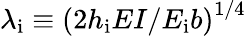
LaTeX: \lambda_{\mathrm{i}}\equiv\left({2h_{\mathrm{i}}EI}/{E_{\mathrm{i}}b}\right)^{1/4}